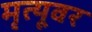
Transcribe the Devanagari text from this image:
मृत्‍यूवर